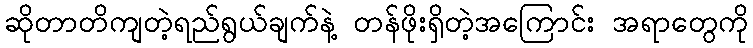
ဆိုတာတိကျတဲ့ရည်ရွယ်ချက်နဲ့ တန်ဖိုးရှိတဲ့အကြောင်း အရာတွေကို